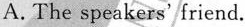
A.The speakers'friend.